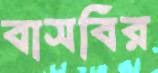
বাসবির